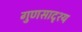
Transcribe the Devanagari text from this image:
गुणसादृश्य